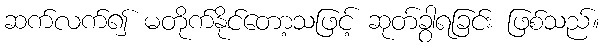
ဆက်လက်၍ မတိုက်နိုင်တော့သဖြင့် ဆုတ်ခွာရခြင်း ဖြစ်သည်။